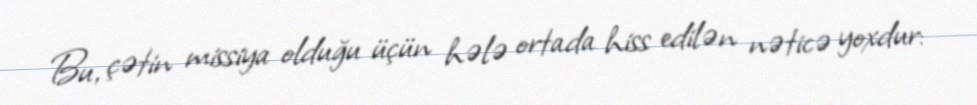
Bu, çətin missiya olduğu üçün hələ ortada hiss edilən nəticə yoxdur: